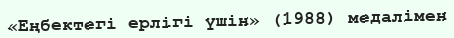
«Еңбектегі ерлігі үшін» (1988) медалімен